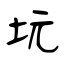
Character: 坃